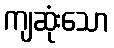
ကျဆုံးသော